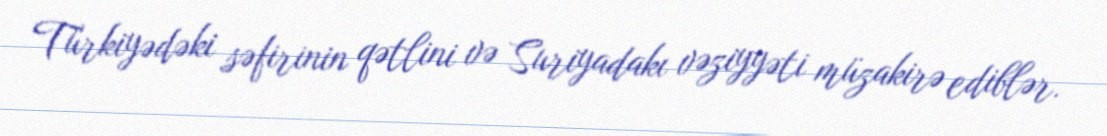
Türkiyədəki səfirinin qətlini və Suriyadakı vəziyyəti müzakirə ediblər.